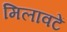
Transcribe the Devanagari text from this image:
मिलावटें